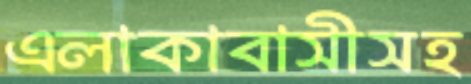
এলাকাবাসীসহ